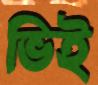
ভিই